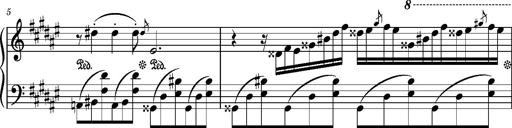
Title: Album-Leaf 'Apparition 1', S.166z
Composer: Franz Liszt
Key: F-sharp minor